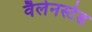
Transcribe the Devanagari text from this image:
वैलेनस्टेड